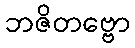
ဘဇိတဗ္ဗော